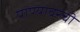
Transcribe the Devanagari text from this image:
पाण्यावरची